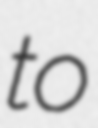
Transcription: to